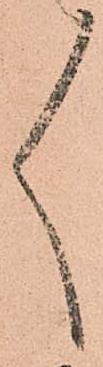
々